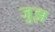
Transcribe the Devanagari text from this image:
जुझ